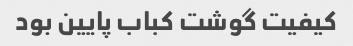
کیفیت گوشت کباب پایین بود